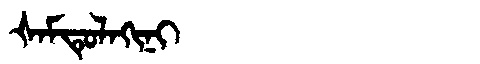
Manchu: ᡧᠠᠮᡨᡠᠯᠠᡴᡳᠨᡳ
Romanization: ŠAMTULAKINI